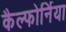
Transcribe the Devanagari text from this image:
कैल्फोर्निया